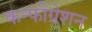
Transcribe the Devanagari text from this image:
कन्फीग्रेशन